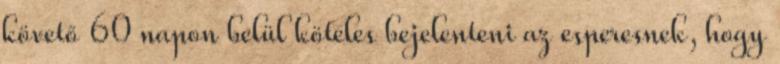
követő 60 napon belül köteles bejelenteni az esperesnek, hogy